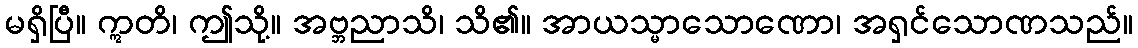
မရှိပြီ။ ဣတိ၊ ဤသို့။ အဗ္ဘညာသိ၊ သိ၏။ အာယသ္မာသောဏော၊ အရှင်သောဏသည်။